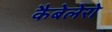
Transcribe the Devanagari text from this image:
कैबेलेरो